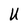
Character: U